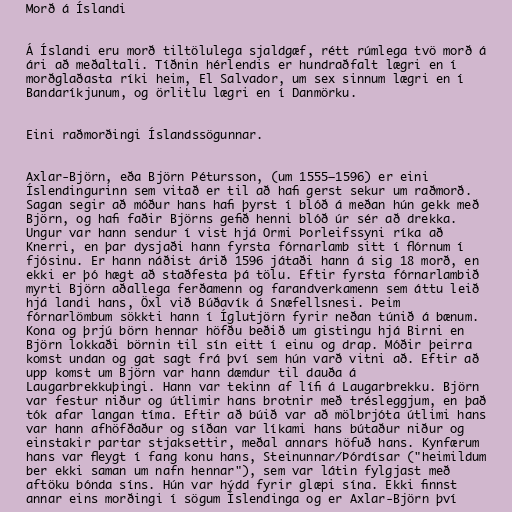
Morð á Íslandi

Á Íslandi eru morð tiltölulega sjaldgæf, rétt rúmlega tvö morð á
ári að meðaltali. Tíðnin hérlendis er hundraðfalt lægri en í
morðglaðasta ríki heim, El Salvador, um sex sinnum lægri en í
Bandaríkjunum, og örlitlu lægri en í Danmörku.

Eini raðmorðingi Íslandssögunnar.

Axlar-Björn, eða Björn Pétursson, (um 1555–1596) er eini
Íslendingurinn sem vitað er til að hafi gerst sekur um raðmorð.
Sagan segir að móður hans hafi þyrst í blóð á meðan hún gekk með
Björn, og hafi faðir Björns gefið henni blóð úr sér að drekka.
Ungur var hann sendur í vist hjá Ormi Þorleifssyni ríka að
Knerri, en þar dysjaði hann fyrsta fórnarlamb sitt í flórnum í
fjósinu. Er hann náðist árið 1596 játaði hann á sig 18 morð, en
ekki er þó hægt að staðfesta þá tölu. Eftir fyrsta fórnarlambið
myrti Björn aðallega ferðamenn og farandverkamenn sem áttu leið
hjá landi hans, Öxl við Búðavík á Snæfellsnesi. Þeim
fórnarlömbum sökkti hann í Íglutjörn fyrir neðan túnið á bænum.
Kona og þrjú börn hennar höfðu beðið um gistingu hjá Birni en
Björn lokkaði börnin til sín eitt í einu og drap. Móðir þeirra
komst undan og gat sagt frá því sem hún varð vitni að. Eftir að
upp komst um Björn var hann dæmdur til dauða á
Laugarbrekkuþingi. Hann var tekinn af lífi á Laugarbrekku. Björn
var festur niður og útlimir hans brotnir með trésleggjum, en það
tók afar langan tíma. Eftir að búið var að mölbrjóta útlimi hans
var hann afhöfðaður og síðan var líkami hans bútaður niður og
einstakir partar stjaksettir, meðal annars höfuð hans. Kynfærum
hans var fleygt í fang konu hans, Steinunnar/Þórdísar ("heimildum
ber ekki saman um nafn hennar"), sem var látin fylgjast með
aftöku bónda síns. Hún var hýdd fyrir glæpi sína. Ekki finnst
annar eins morðingi í sögum Íslendinga og er Axlar-Björn því